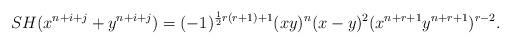
LaTeX: \begin{align*} SH( x^{n+i+j} +y^{n+i+j} )=(-1)^{\frac{1}{2} r (r+1)+1} (xy)^n (x-y)^2 (x^{n+r+1} y^{n+r+1} )^{r-2}. \end{align*}